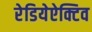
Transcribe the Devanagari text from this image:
रेडियेऐक्टिव